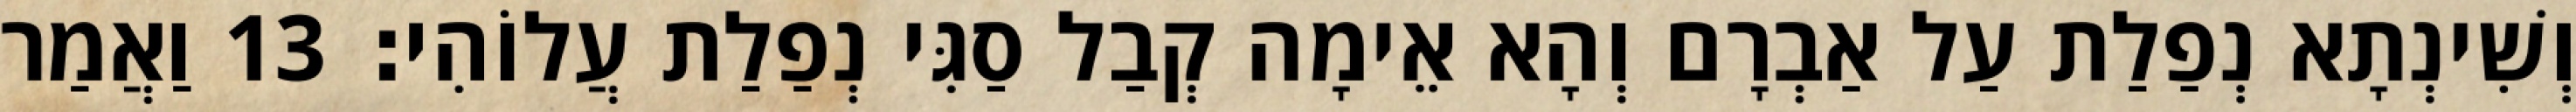
וְשִׁינְתָא נְפַלַת עַל אַבְרָם וְהָא אֵימָה קְבַל סַגִּי נְפַלַת עֲלוֹהִי׃ 13 וַאֲמַר